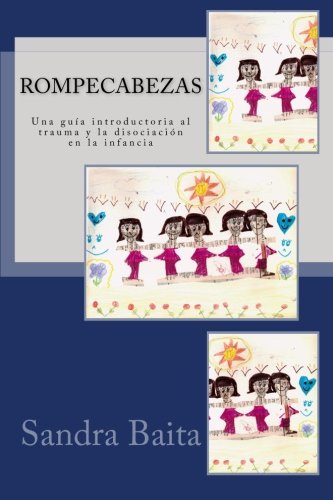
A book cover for Rompecabezas.: Una guÃ­a introductoria al trauma y la disociaciÃ³n en la infancia (Spanish Edition); Sandra Baita; Health, Fitness & Dieting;